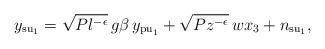
LaTeX: \begin{align*}y_{\mathrm{su}_1}= \sqrt{P l^{-\epsilon}}\,{g}{\beta}\,y_{\mathrm{pu}_1} + \sqrt{P z^{-\epsilon}}\,w{x_3}+n_{\mathrm{su}_1},\end{align*}